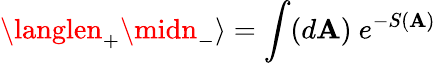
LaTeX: \langlen_{+}\midn_{-}\rangle=\int(d\mathbf{A})~e^{-S(\mathbf{A})}